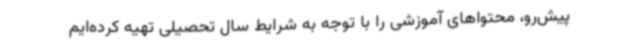
پیش‌رو، محتواهای آموزشی را با توجه به شرایط سال تحصیلی تهیه کرده‌ایم